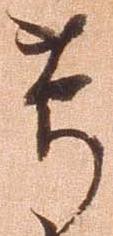
節